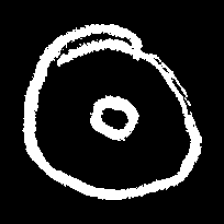
Pyu character \u2014 Myanmar letter: ထ (romanized: tha)